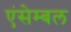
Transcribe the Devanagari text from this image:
एंसेम्बल